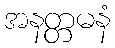
အနတ္တမနံ